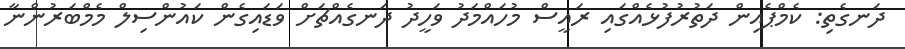
ދަނގެތި: ކެމްޕެއިން ދަތުރުފުޅެއްގައި ރައީސް މުހައްމަދު ވަހީދު ދަނގެއްޗަށް ވަޑައިގެން ކައުންސިލް މެމްބަރުންނާ